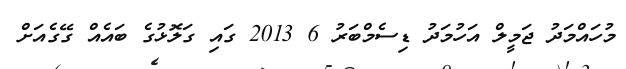
މުހައްމަދު ޖަމީލް އަހުމަދު ޑިސެމްބަރު 6 2013 ގައި ގަލޮޅުގެ ބައެއް ގޭގެއަށް